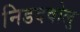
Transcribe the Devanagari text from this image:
निडदवोलु